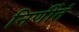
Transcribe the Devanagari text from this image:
निर्णीतं